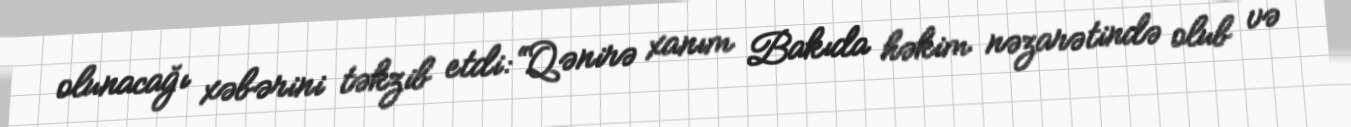
olunacağı xəbərini təkzib etdi: “Qənirə xanım Bakıda həkim nəzarətində olub və